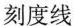
刻度线